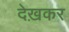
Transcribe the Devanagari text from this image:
देख़कर